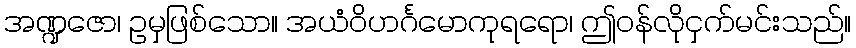
အဏ္ဍဇော၊ ဥမှဖြစ်သော။ အယံဝိဟင်္ဂမောကုရရော၊ ဤဝန်လိုငှက်မင်းသည်။